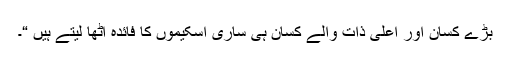
بڑے کسان اور اعلیٰ ذات والے کسان ہی ساری اسکیموں کا فائدہ اٹھا لیتے ہیں “۔